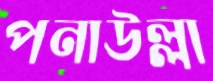
পনাউল্লা